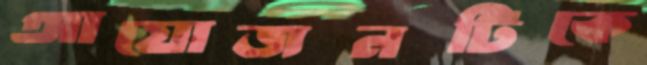
আয়োজনটিকে